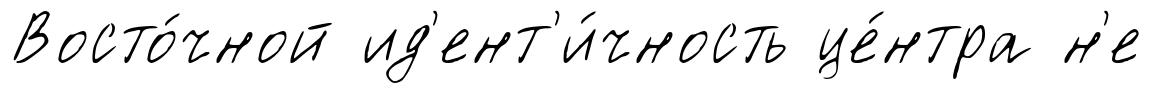
Восто́чной ид'ент'и́чность це́нтра н'е